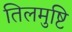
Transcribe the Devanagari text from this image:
तिलमुष्टि